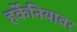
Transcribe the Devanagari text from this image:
हर्केनियावर